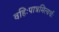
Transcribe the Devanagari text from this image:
वहिःपात्रमित्यर्थः